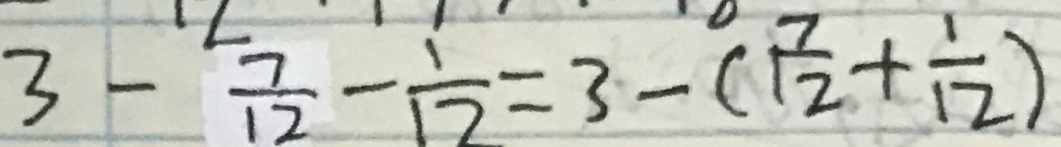
3 - \frac { 7 } { 1 2 } - \frac { 1 } { 1 2 } = 3 - ( \frac { 7 } { 1 2 } + \frac { 1 } { 1 2 } )